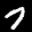
Label: 7